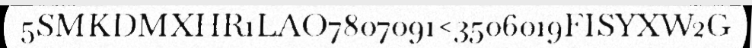
5SMKDMXHR1LAO7807091<3506019FISYXW2G